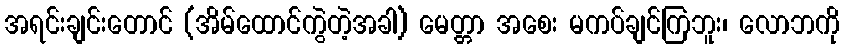
အရင်းချင်းတောင် (အိမ်ထောင်ကွဲတဲ့အခါ) မေတ္တာ အစေး မကပ်ချင်ကြဘူး၊ လောဘကို